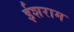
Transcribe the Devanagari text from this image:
ईशराम